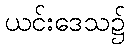
ယင်းဒေသ၌